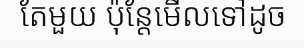
តែមួយ ប៉ុន្តែមើលទៅដូច